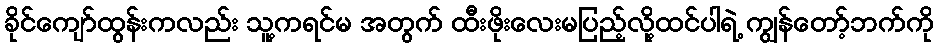
ခိုင်ကျော်ထွန်းကလည်း သူ့ကရင်မ အတွက် ထီးဖိုးလေးမပြည့်လို့ထင်ပါရဲ့ ကျွန်တော့်ဘက်ကို